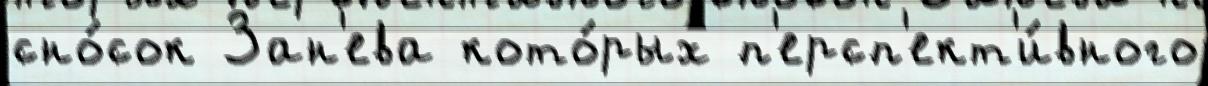
сно́сок Зан'ева кото́рых п'ерсп'ект'и́вного